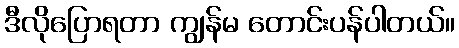
ဒီလိုပြောရတာ ကျွန်မ တောင်းပန်ပါတယ်။